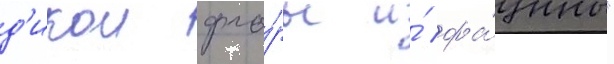
д'икои фло́ры и́ фа́уны"